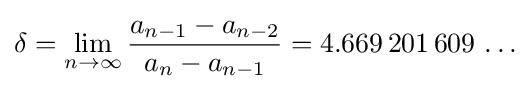
\delta =\lim _{n\to \infty }{\frac {a_{n-1}-a_{n-2}}{a_{n}-a_{n-1}}}=4.669\,201\,609\,\ldots